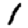
Digit: 1